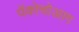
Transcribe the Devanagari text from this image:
पॅकोचोआग